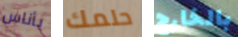
بأناس حلمك بالخارج